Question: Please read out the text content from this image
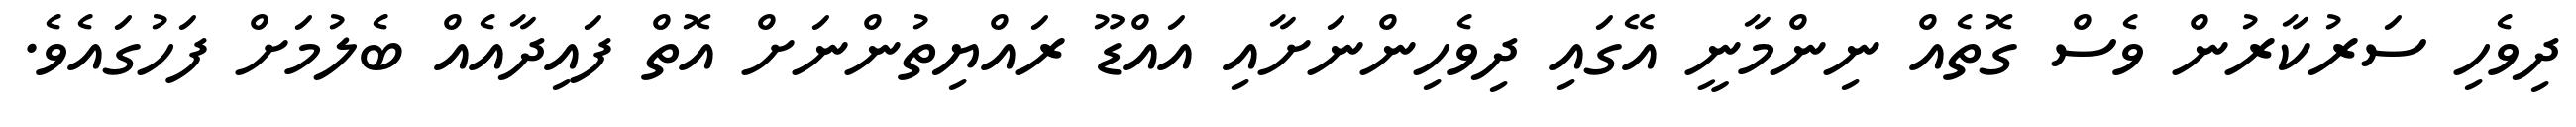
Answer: ދިވެހި ސަރުކާރުން ވެސް ގޮތެއް ނިންމާނީ އޭގައި ދިވެހިންނަށާއި އައްޑޫ ރައްޔިތުންނަށް އޮތް ފައިދާއެއް ބެލުމަށް ފަހުގައެވެ.